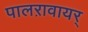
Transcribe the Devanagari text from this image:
पालऱावायर्